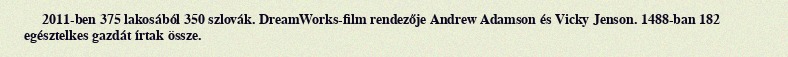
2011-ben 375 lakosából 350 szlovák. DreamWorks-film rendezője Andrew Adamson és Vicky Jenson. 1488-ban 182 egésztelkes gazdát írtak össze.